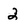
Character: 2